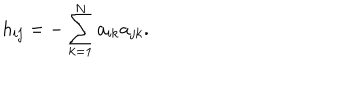
h _ { i j } = - \sum _ { k = 1 } ^ { N } a _ { i k } a _ { j k } .